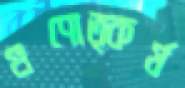
গুণোত্কর্ষ